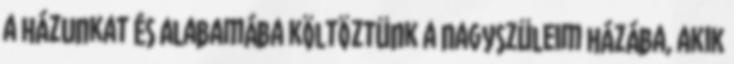
a házunkat és Alabamába költöztünk a nagyszüleim házába, akik